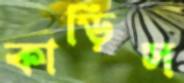
কাড়িস